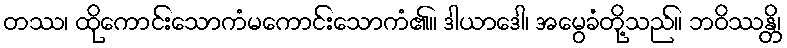
တဿ၊ ထိုကောင်းသောကံမကောင်းသောကံ၏။ ဒါယာဒေါ၊ အမွေခံတို့သည်။ ဘဝိဿန္တိ၊